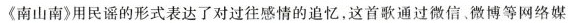
《南山南》用民谣的形式表达了对过往感情的追忆，这首歌通过微信、微博等网络媒